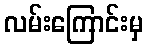
လမ်းကြောင်းမှ